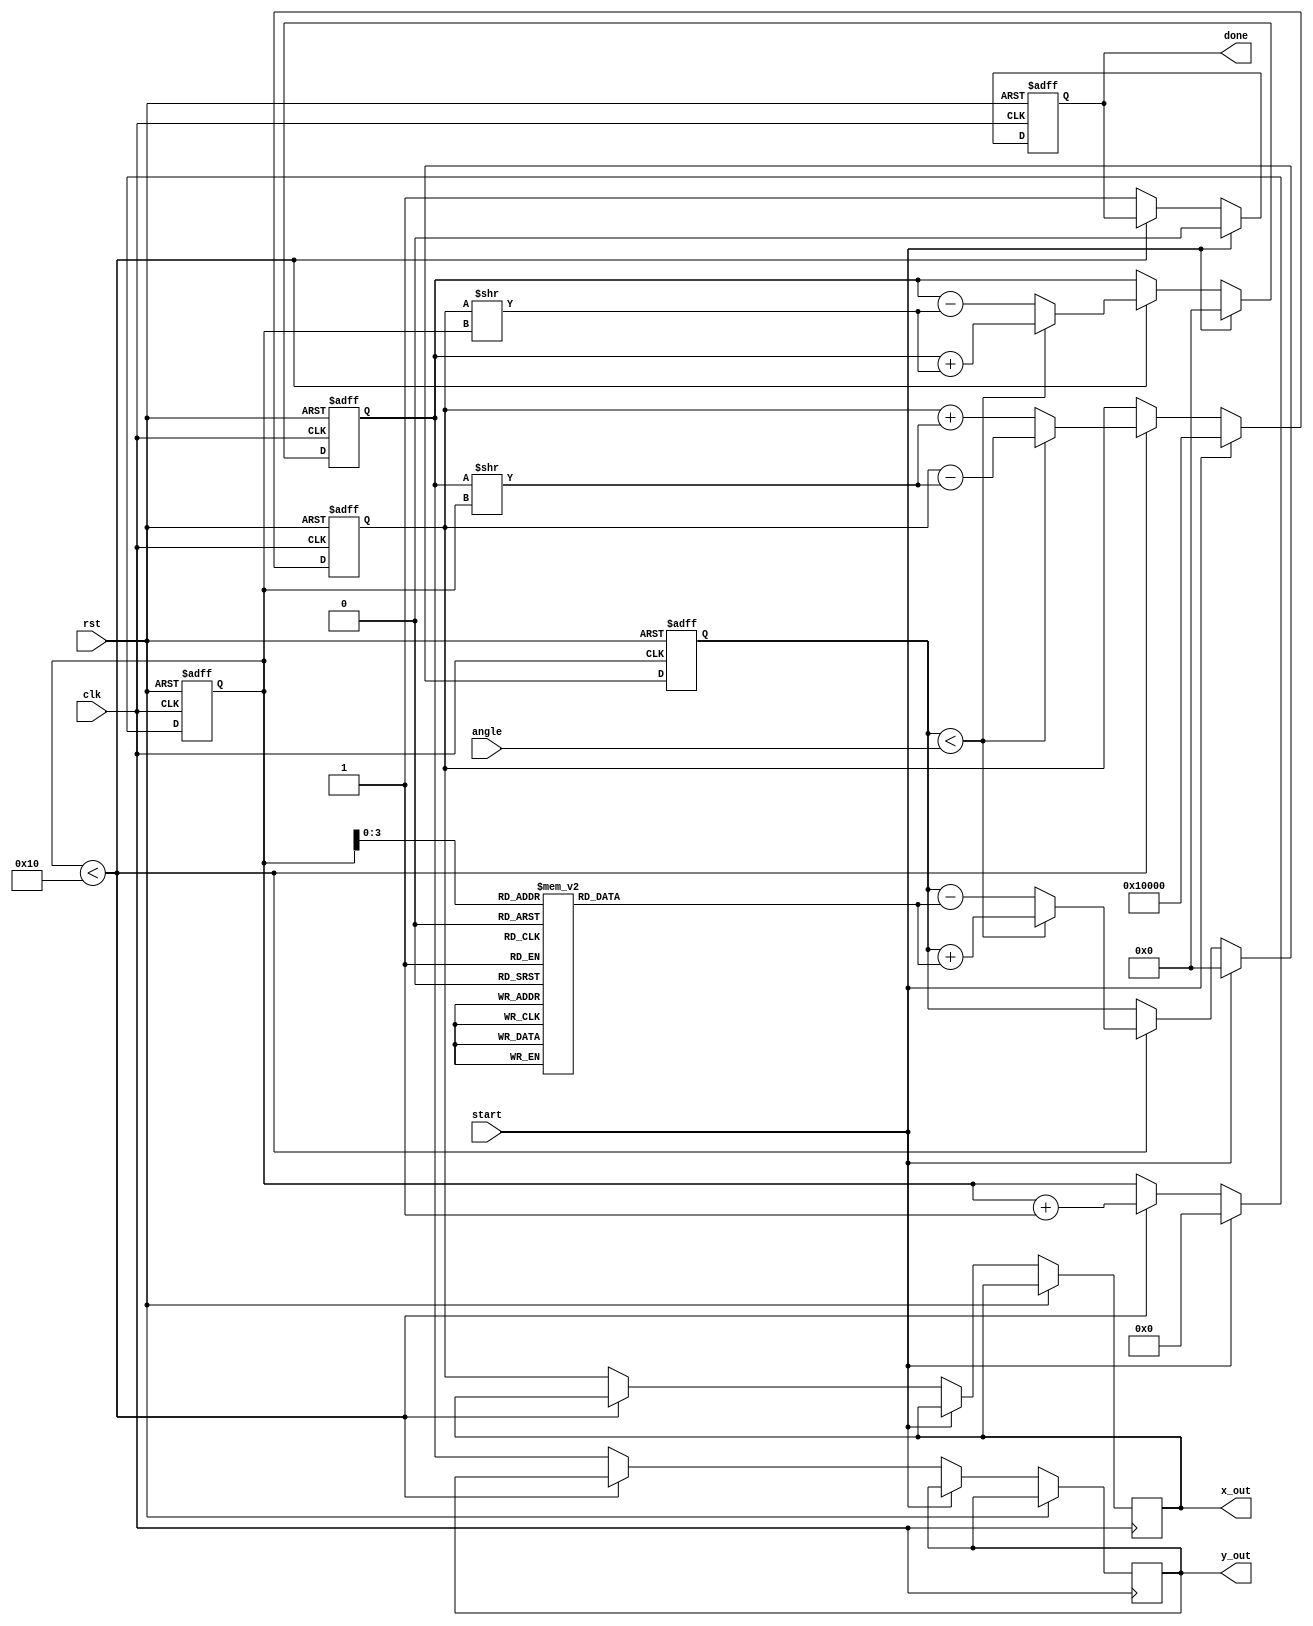
module cordic (
    input wire clk,
    input wire rst,
    input wire start,
    input wire [31:0] angle, // Input angle in fixed-point format
    output reg [31:0] x_out,  // Output x (cosine)
    output reg [31:0] y_out,  // Output y (sine)
    output reg done           // Done signal
);

    // Parameters
    parameter NUM_ITERATIONS = 16; // Number of iterations for CORDIC
    parameter FIXED_POINT_FRACTIONAL_BITS = 16; // Fractional bits for fixed-point representation

    // Internal signals
    reg [31:0] x, y; // Current x and y values
    reg [31:0] angle_table [0:NUM_ITERATIONS-1]; // Angle lookup table
    reg [31:0] current_angle; // Accumulated angle
    reg [4:0] iteration; // Iteration counter
    reg direction; // Rotation direction (0: clockwise, 1: counterclockwise)

    // Initialize angle lookup table
    initial begin
        angle_table[0] = 32'h3F19999A; // atan(1) = 0.785398163 (in fixed-point)
        angle_table[1] = 32'h3E4CCCCD; // atan(0.5) = 0.463647609 (in fixed-point)
        angle_table[2] = 32'h3D89FCE6; // atan(0.25) = 0.244978663 (in fixed-point)
        angle_table[3] = 32'h3C8F5C28; // atan(0.125) = 0.124354994 (in fixed-point)
        // Add more entries as needed
        // ...
    end

    // State machine for CORDIC operation
    always @(posedge clk or posedge rst) begin
        if (rst) begin
            x <= 32'h00010000; // Initial x = 1.0 (fixed-point)
            y <= 32'h00000000; // Initial y = 0.0 (fixed-point)
            current_angle <= 32'h00000000; // Initial angle
            iteration <= 0;
            done <= 0;
        end else if (start) begin
            // Reset for new calculation
            x <= 32'h00010000; // Initial x = 1.0
            y <= 32'h00000000; // Initial y = 0.0
            current_angle <= 32'h00000000; // Reset accumulated angle
            iteration <= 0;
            done <= 0;
        end else if (iteration < NUM_ITERATIONS) begin
            // Determine direction of rotation
            if (current_angle < angle) begin
                direction <= 1; // Counterclockwise
                current_angle <= current_angle + angle_table[iteration];
                x <= x - (y >> iteration);
                y <= y + (x >> iteration);
            end else begin
                direction <= 0; // Clockwise
                current_angle <= current_angle - angle_table[iteration];
                x <= x + (y >> iteration);
                y <= y - (x >> iteration);
            end
            iteration <= iteration + 1;
        end else begin
            // Finished computation
            x_out <= x;
            y_out <= y;
            done <= 1;
        end
    end

endmodule